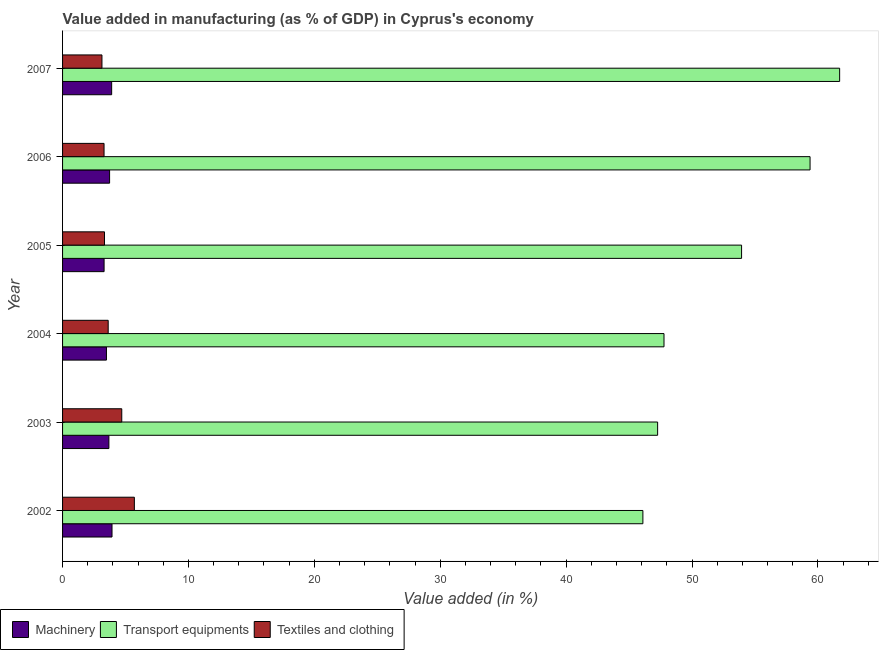
| Year | Machinery | Transport equipments | Textiles and clothing |
 | --- | --- | --- | --- |
 | 2002 | 3.93 | 46.1 | 5.7 |
 | 2003 | 3.68 | 47.3 | 4.7 |
 | 2004 | 3.49 | 47.8 | 3.62 |
 | 2005 | 3.3 | 53.9 | 3.33 |
 | 2006 | 3.74 | 59.4 | 3.29 |
 | 2007 | 3.9 | 61.7 | 3.13 |